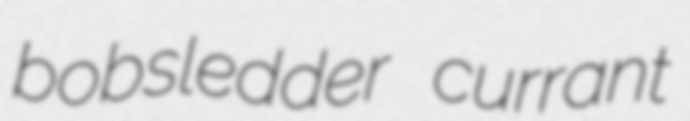
bobsledder currant